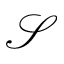
\mathcal S